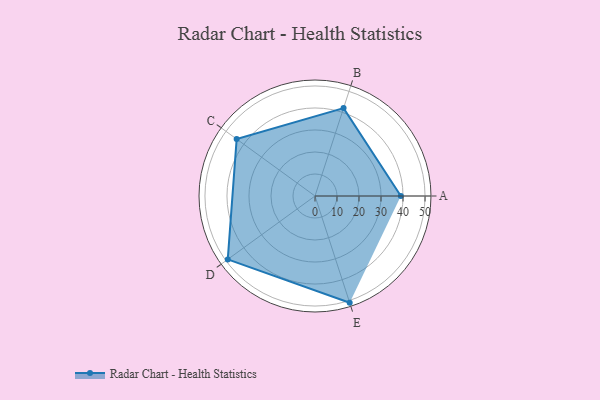
{"axis": {"x": "Skill", "y": "Score"}, "legend": ["Profile"], "data": [{"x": "A", "y": 39.0, "type": "Profile"}, {"x": "B", "y": 42.0, "type": "Profile"}, {"x": "C", "y": 44.0, "type": "Profile"}, {"x": "D", "y": 49.0, "type": "Profile"}, {"x": "E", "y": 51.0, "type": "Profile"}]}